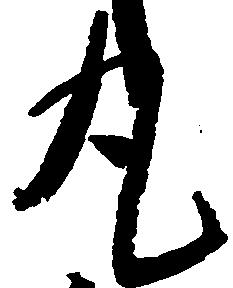
丸